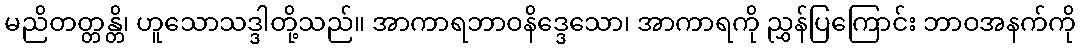
မညိတတ္တန္တိ၊ ဟူသောသဒ္ဒါတို့သည်။ အာကာရဘာဝနိဒ္ဒေသော၊ အာကာရကို ညွှန်ပြကြောင်း ဘာဝအနက်ကို